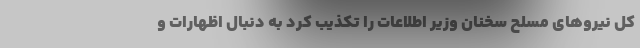
کل نیروهای مسلح سخنان وزیر اطلاعات را تکذیب کرد به دنبال اظهارات و